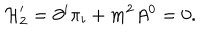
{ \cal H } _ { 2 } ^ { \prime } = \partial ^ { i } \pi _ { i } + m ^ { 2 } A ^ { 0 } = 0 .